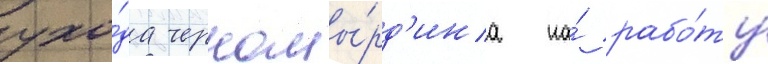
ухо́да черномы́рд'ина на́ рабо́ту